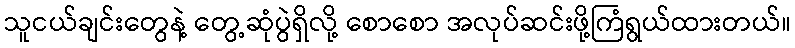
သူငယ်ချင်းတွေနဲ့ တွေ့ဆုံပွဲရှိလို့ စောစော အလုပ်ဆင်းဖို့ကြံရွယ်ထားတယ်။